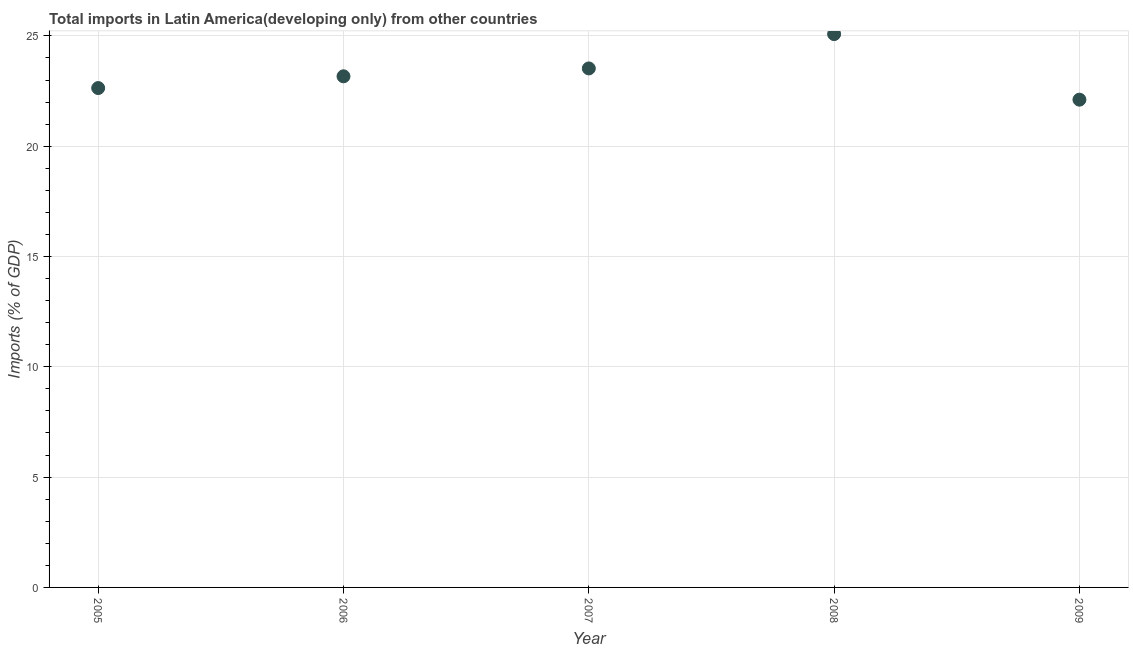
| Year | Imports |
 | --- | --- |
 | 2005 | 22.6 |
 | 2006 | 23.2 |
 | 2007 | 23.5 |
 | 2008 | 25.1 |
 | 2009 | 22.1 |